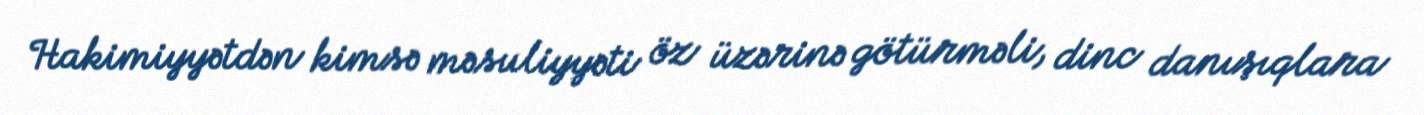
Hakimiyyətdən kimsə məsuliyyəti öz üzərinə götürməli, dinc danışıqlara